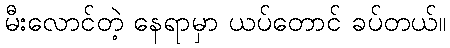
မီးလောင်တဲ့ နေရာမှာ ယပ်တောင် ခပ်တယ်။